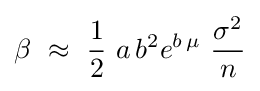
\beta \,\,\approx \,\,{\frac {1}{2}}\,\,a\,b^{2}e^{b\,\mu }\,\,{\frac {\sigma ^{2}}{n}}